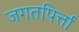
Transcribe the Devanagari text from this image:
जगतपिर्त्ता